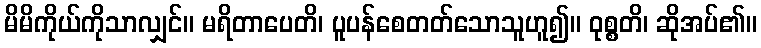
မိမိကိုယ်ကိုသာလျှင်။ မရိတာပေတိ၊ ပူပန်စေတတ်သောသူဟူ၍။ ဝုစ္စတိ၊ ဆိုအပ်၏။